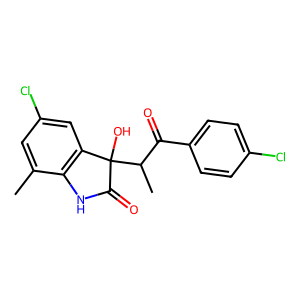
SMILES: Cc1cc(Cl)cc2c1NC(=O)C2(O)C(C)C(=O)c1ccc(Cl)cc1
Inhibits HIV replication: No